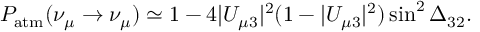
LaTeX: P _ { \mathrm { a t m } } ( \nu _ { \mu } \to \nu _ { \mu } ) \simeq 1 - 4 | U _ { \mu 3 } | ^ { 2 } ( 1 - | U _ { \mu 3 } | ^ { 2 } ) \sin ^ { 2 } \Delta _ { 3 2 } .